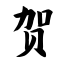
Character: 贺